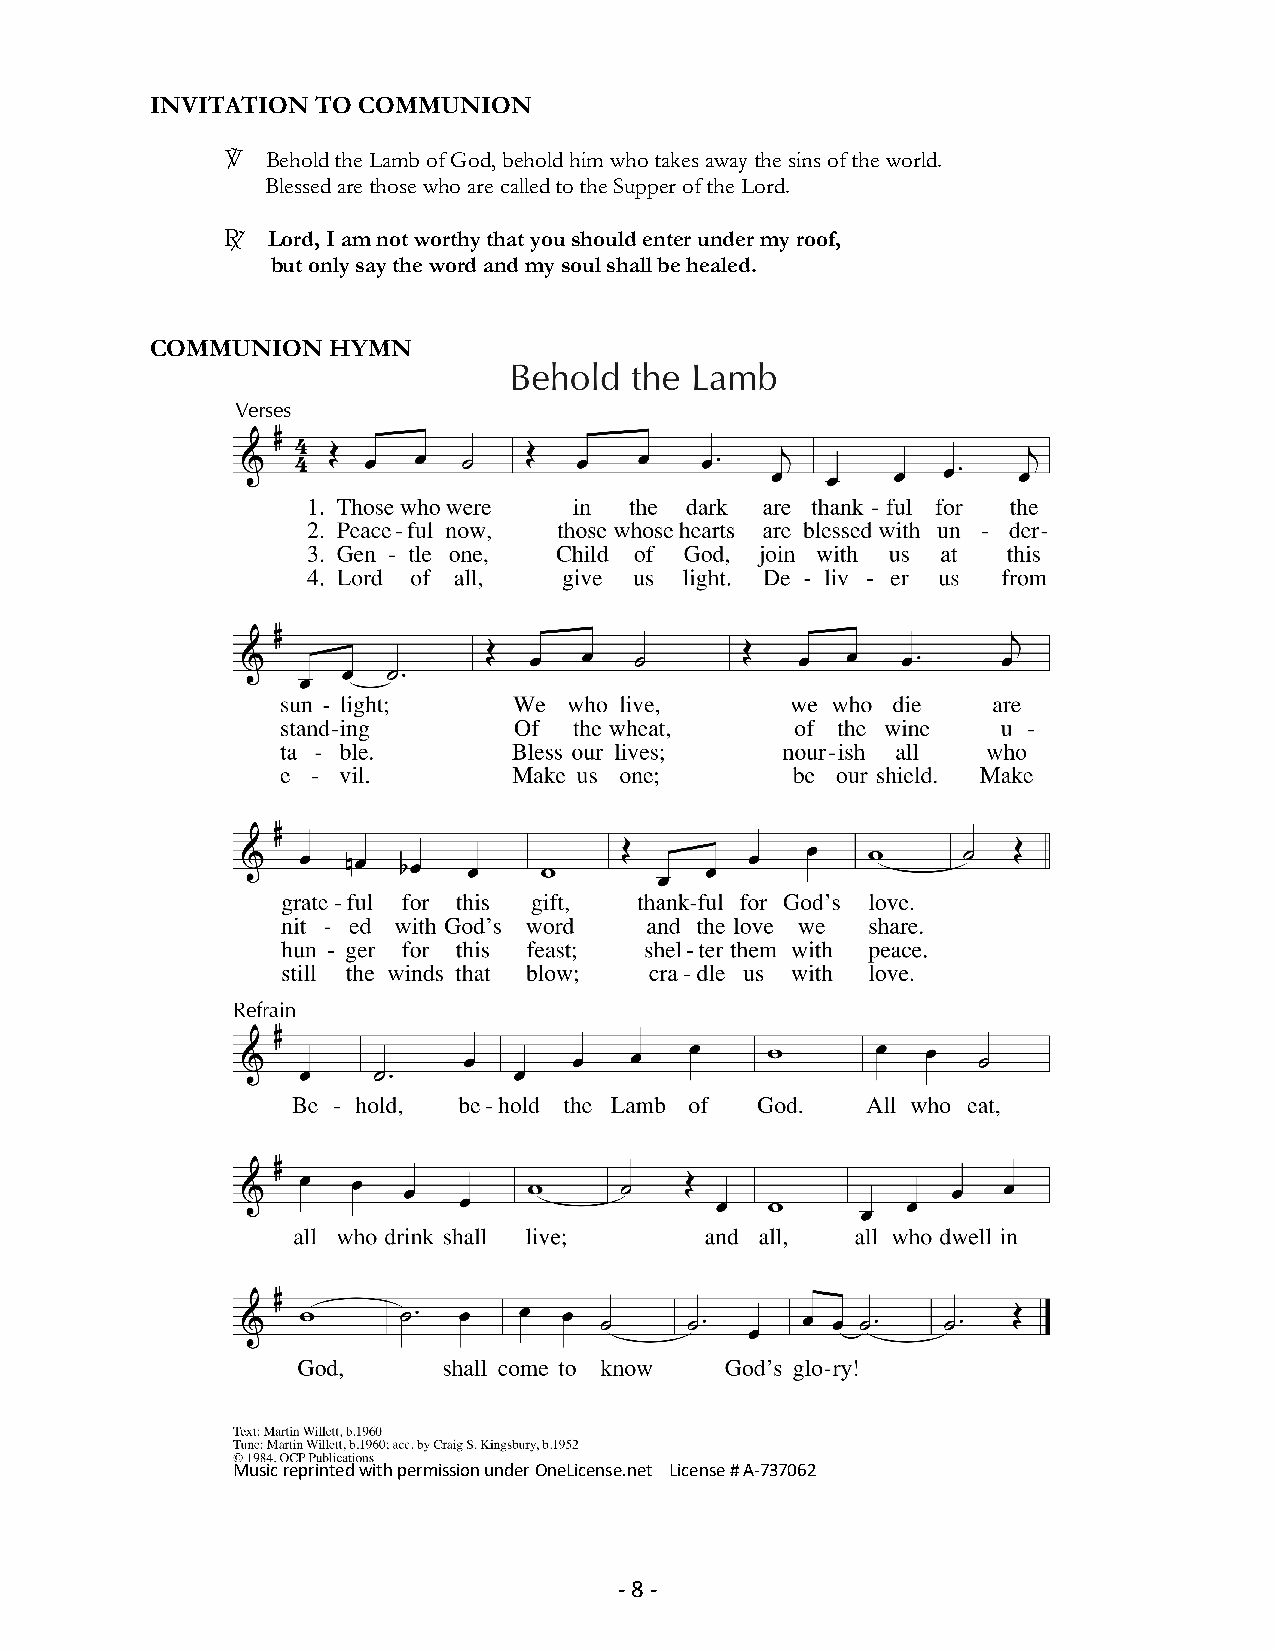
INVITATION TO COMMUNION
 V  Behold the Lamb of God, behold him who takes away the sins of the world.
 Blessed are those who are called to the Supper of the Lord.
 R  Lord, I am not worthy that you should enter under my roof,
 but only say the word and my soul shall be healed.
 COMMUNION   HYMN
 Music reprinted with permission under OneLicense.net License # A-737062
 - 8 -